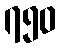
၇၅၀